Report of the Municipal Commissioner on the plague in Bombay for the year ending 31st May... - Volume 1
Disease focus: Plague
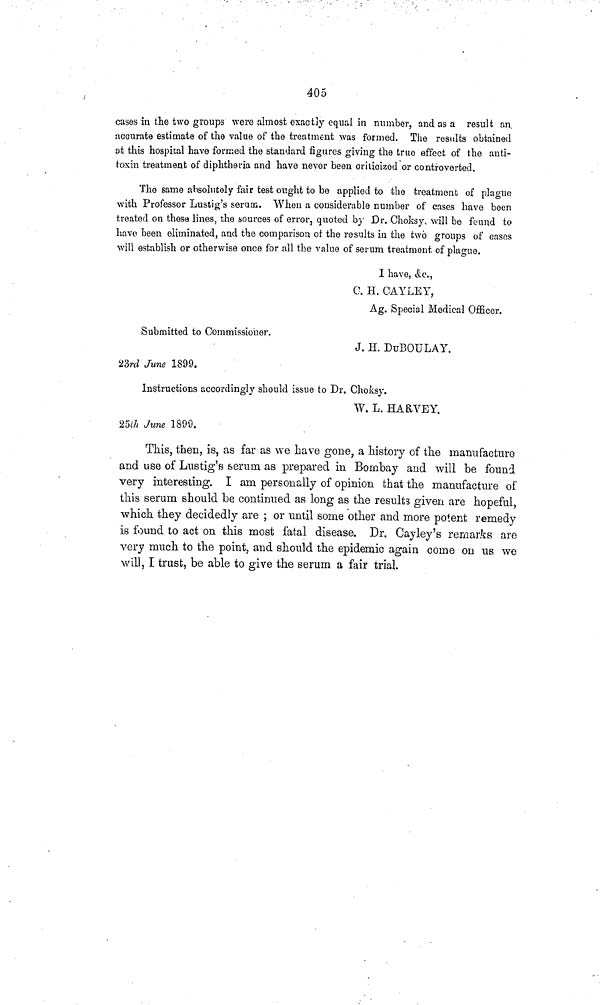
405
cases in the two groups were almost exactly equal in number, and as a result an.
accurate estimate of the value of the treatment was formed. The results obtained
at this hospital have formed the standard figures giving the true effect of the anti-
toxin treatment of diphtheria and have never been criticized or controverted.
The same absolutely fair test ought to be applied to the treatment of plague
with Professor Lustig's serum. When a considerable number of cases have been
treated on these lines, the sources of error, quoted by Dr. Choksy, will be found to
have been eliminated, and the comparison oí the results in the two groups of cases
will establish or otherwise once for all the value of serum treatment of plague.
I
have, &c.,
0. H. OAYLEY,
Ag. Special Medical Officer.
Submitted to Commissioner.
J. H. DuBOULAY.
23rd June 1899.
Instructions accordingly should issue to Dr. Choksy.
W. L. HARVEY.
25¿A June 1899.
This, then, is, as far as we have gone, a history of the manufacture
and use of Lustig's serum as prepared in Bombay and will be found
very interesting. I am. personally of opinion that the manufacture of
this serum should be continued as long as the results given are hopeful,
which they decidedly are ; or until some other and more potent remedy
is found to act on this most fatal disease. Dr. Cayley's remarks are
very much to the point, and should the epidemic again come on us we
will, I trust, be able to give the serum a fair trial.